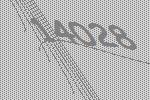
14028